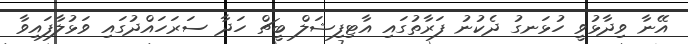
އޭނާ ވިދާޅުވީ ހުޅަނގު ދެކުނު ފަރާތުގައި އާޓިފިޝަލް ބީޗް ހަދާ ސަރަހައްދުގައި ވަޅުލާފައިވާ